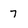
Character: 7